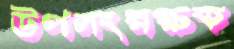
উপসংরক্ষক